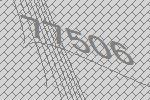
77506